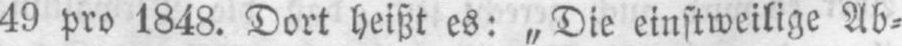
49 pro 1848. Dort heißt es; „Die einstweilige Ab⸗